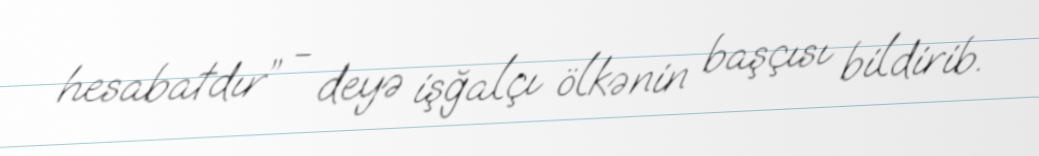
hesabatdır” - deyə işğalçı ölkənin başçısı bildirib.